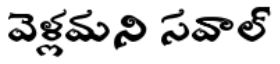
వెళ్లమని సవాల్